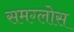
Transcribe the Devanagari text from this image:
समग्लोस